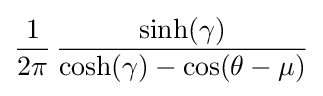
{\frac {1}{2\pi }}\,{\frac {\sinh(\gamma )}{\cosh(\gamma )-\cos(\theta -\mu )}}